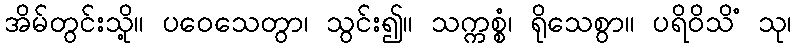
အိမ်တွင်းသို့။ ပဝေသေတွာ၊ သွင်း၍။ သက္ကစ္စံ၊ ရိုသေစွာ။ ပရိဝိသိံ သု၊